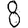
Digit: 8